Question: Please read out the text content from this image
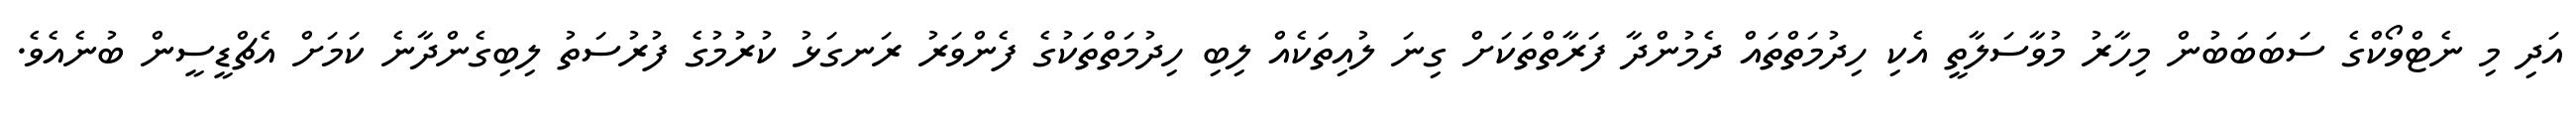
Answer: އަދި މި ނެޓްވޯކްގެ ސަބަބަބުން މިހާރު މުވާސަލާތީ އެކި ހިދުމަތްތައް ދެމުންދާ ފަރާތްތަކަށް ގިނަ ލުއިތަކެއް ލިބި ހިދުމަތްތަކުގެ ފެންވަރު ރަނގަޅު ކުރުމުގެ ފުރުސަތު ލިބިގެންދާނެ ކަމަށް އެޗްޑީސީން ބުނެއެވެ.